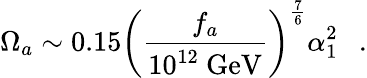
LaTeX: \Omega_{a}\sim 0.15\left({\frac{f_{a}}{10^{12}~\mathrm{GeV}}}\right)^{\frac{7}{6}}\alpha_{1}^{2}~~\ .